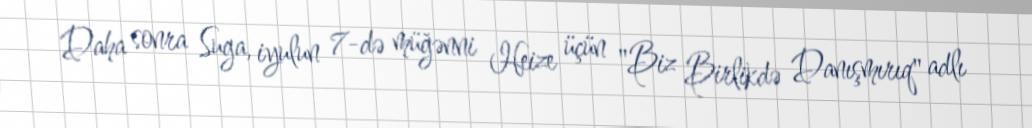
Daha sonra Suga, iyulun 7-də müğənni Heize üçün "Biz Birlikdə Danışmırıq" adlı